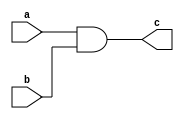
module DefaultTemplate (a, b, c);

		input a;
		input b;
		output c;

		and inst1 (c, a, b);

endmodule